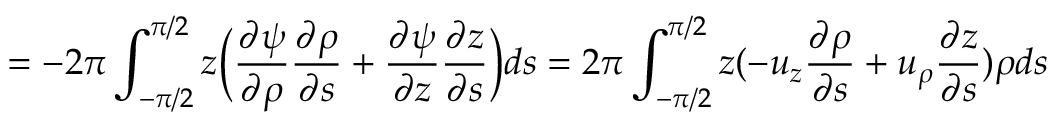
= - 2 \pi \int _ { - \pi / 2 } ^ { \pi / 2 } z \Big ( \frac { \partial \psi } { \partial \rho } \frac { \partial \rho } { \partial s } + \frac { \partial \psi } { \partial z } \frac { \partial z } { \partial s } \Big ) d s = 2 \pi \int _ { - \pi / 2 } ^ { \pi / 2 } z ( - u _ { z } \frac { \partial \rho } { \partial s } + u _ { \rho } \frac { \partial z } { \partial s } ) \rho d s